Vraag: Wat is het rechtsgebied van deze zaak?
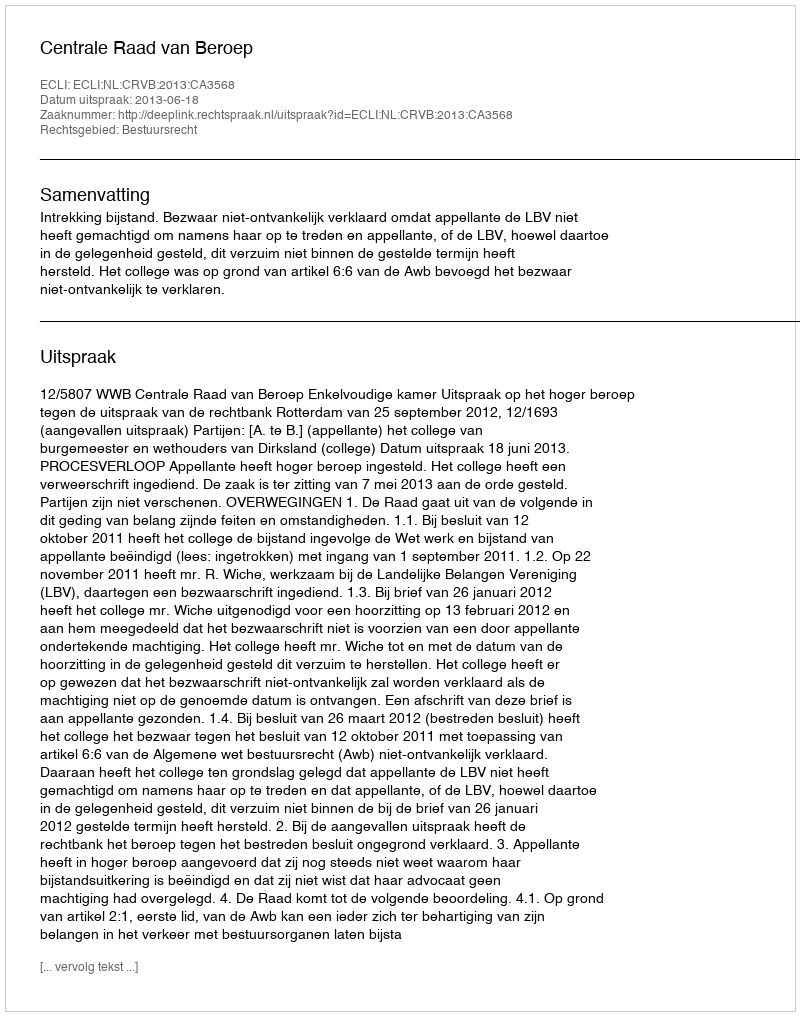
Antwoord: Bestuursrecht